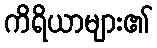
ကိရိယာများ၏